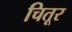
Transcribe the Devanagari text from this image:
चितूर